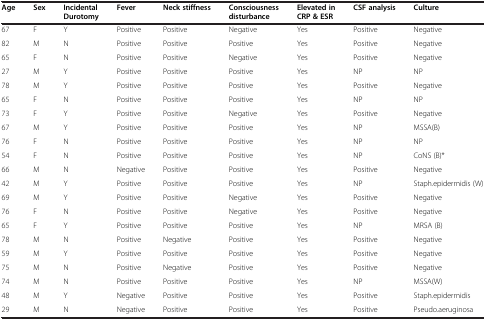
<table><thead><tr><td><b>Age</b></td><td><b>Sex</b></td><td><b>Incidental Durotomy</b></td><td><b>Fever</b></td><td><b>Neck stiffness</b></td><td><b>Consciousness disturbance</b></td><td><b>Elevated in CRP &amp; ESR</b></td><td><b>CSF analysis</b></td><td><b>Culture</b></td></tr></thead><tbody><tr><td>67</td><td>F</td><td>Y</td><td>Positive</td><td>Positive</td><td>Negative</td><td>Yes</td><td>Positive</td><td>Negative</td></tr><tr><td>82</td><td>M</td><td>N</td><td>Positive</td><td>Positive</td><td>Positive</td><td>Yes</td><td>Positive</td><td>Negative</td></tr><tr><td>65</td><td>F</td><td>N</td><td>Positive</td><td>Positive</td><td>Negative</td><td>Yes</td><td>Positive</td><td>Negative</td></tr><tr><td>27</td><td>M</td><td>Y</td><td>Positive</td><td>Positive</td><td>Positive</td><td>Yes</td><td>NP</td><td>NP</td></tr><tr><td>78</td><td>M</td><td>Y</td><td>Positive</td><td>Positive</td><td>Positive</td><td>Yes</td><td>Positive</td><td>Negative</td></tr><tr><td>65</td><td>F</td><td>N</td><td>Positive</td><td>Positive</td><td>Positive</td><td>Yes</td><td>NP</td><td>NP</td></tr><tr><td>73</td><td>F</td><td>Y</td><td>Positive</td><td>Positive</td><td>Negative</td><td>Yes</td><td>Positive</td><td>Negative</td></tr><tr><td>67</td><td>M</td><td>Y</td><td>Positive</td><td>Positive</td><td>Positive</td><td>Yes</td><td>NP</td><td>MSSA(B)</td></tr><tr><td>76</td><td>F</td><td>N</td><td>Positive</td><td>Positive</td><td>Positive</td><td>Yes</td><td>NP</td><td>NP</td></tr><tr><td>54</td><td>F</td><td>N</td><td>Positive</td><td>Positive</td><td>Positive</td><td>Yes</td><td>NP</td><td>CoNS (B)*</td></tr><tr><td>66</td><td>M</td><td>N</td><td>Negative</td><td>Positive</td><td>Positive</td><td>Yes</td><td>Positive</td><td>Negative</td></tr><tr><td>42</td><td>M</td><td>Y</td><td>Positive</td><td>Positive</td><td>Positive</td><td>Yes</td><td>NP</td><td>Staph.epidermidis (W)</td></tr><tr><td>69</td><td>M</td><td>Y</td><td>Positive</td><td>Positive</td><td>Negative</td><td>Yes</td><td>Positive</td><td>Negative</td></tr><tr><td>76</td><td>F</td><td>N</td><td>Positive</td><td>Positive</td><td>Negative</td><td>Yes</td><td>Positive</td><td>Negative</td></tr><tr><td>65</td><td>F</td><td>Y</td><td>Positive</td><td>Positive</td><td>Positive</td><td>Yes</td><td>NP</td><td>MRSA (B)</td></tr><tr><td>78</td><td>M</td><td>N</td><td>Positive</td><td>Negative</td><td>Positive</td><td>Yes</td><td>Positive</td><td>Negative</td></tr><tr><td>59</td><td>M</td><td>Y</td><td>Positive</td><td>Positive</td><td>Positive</td><td>Yes</td><td>Positive</td><td>Negative</td></tr><tr><td>75</td><td>M</td><td>N</td><td>Positive</td><td>Negative</td><td>Positive</td><td>Yes</td><td>Positive</td><td>Negative</td></tr><tr><td>74</td><td>M</td><td>N</td><td>Positive</td><td>Positive</td><td>Positive</td><td>Yes</td><td>NP</td><td>MSSA(W)</td></tr><tr><td>48</td><td>M</td><td>Y</td><td>Negative</td><td>Positive</td><td>Positive</td><td>Yes</td><td>Positive</td><td>Staph.epidermidis</td></tr><tr><td>29</td><td>M</td><td>N</td><td>Negative</td><td>Positive</td><td>Positive</td><td>Yes</td><td>Positive</td><td>Pseudo.aeruginosa</td></tr></tbody></table>